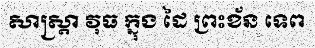
សាស្ត្រា វុធ ក្នុង ដៃ ព្រះខ័ន ទេព